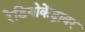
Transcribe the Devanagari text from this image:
रेडियोकेंद्रावर